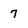
Character: 7